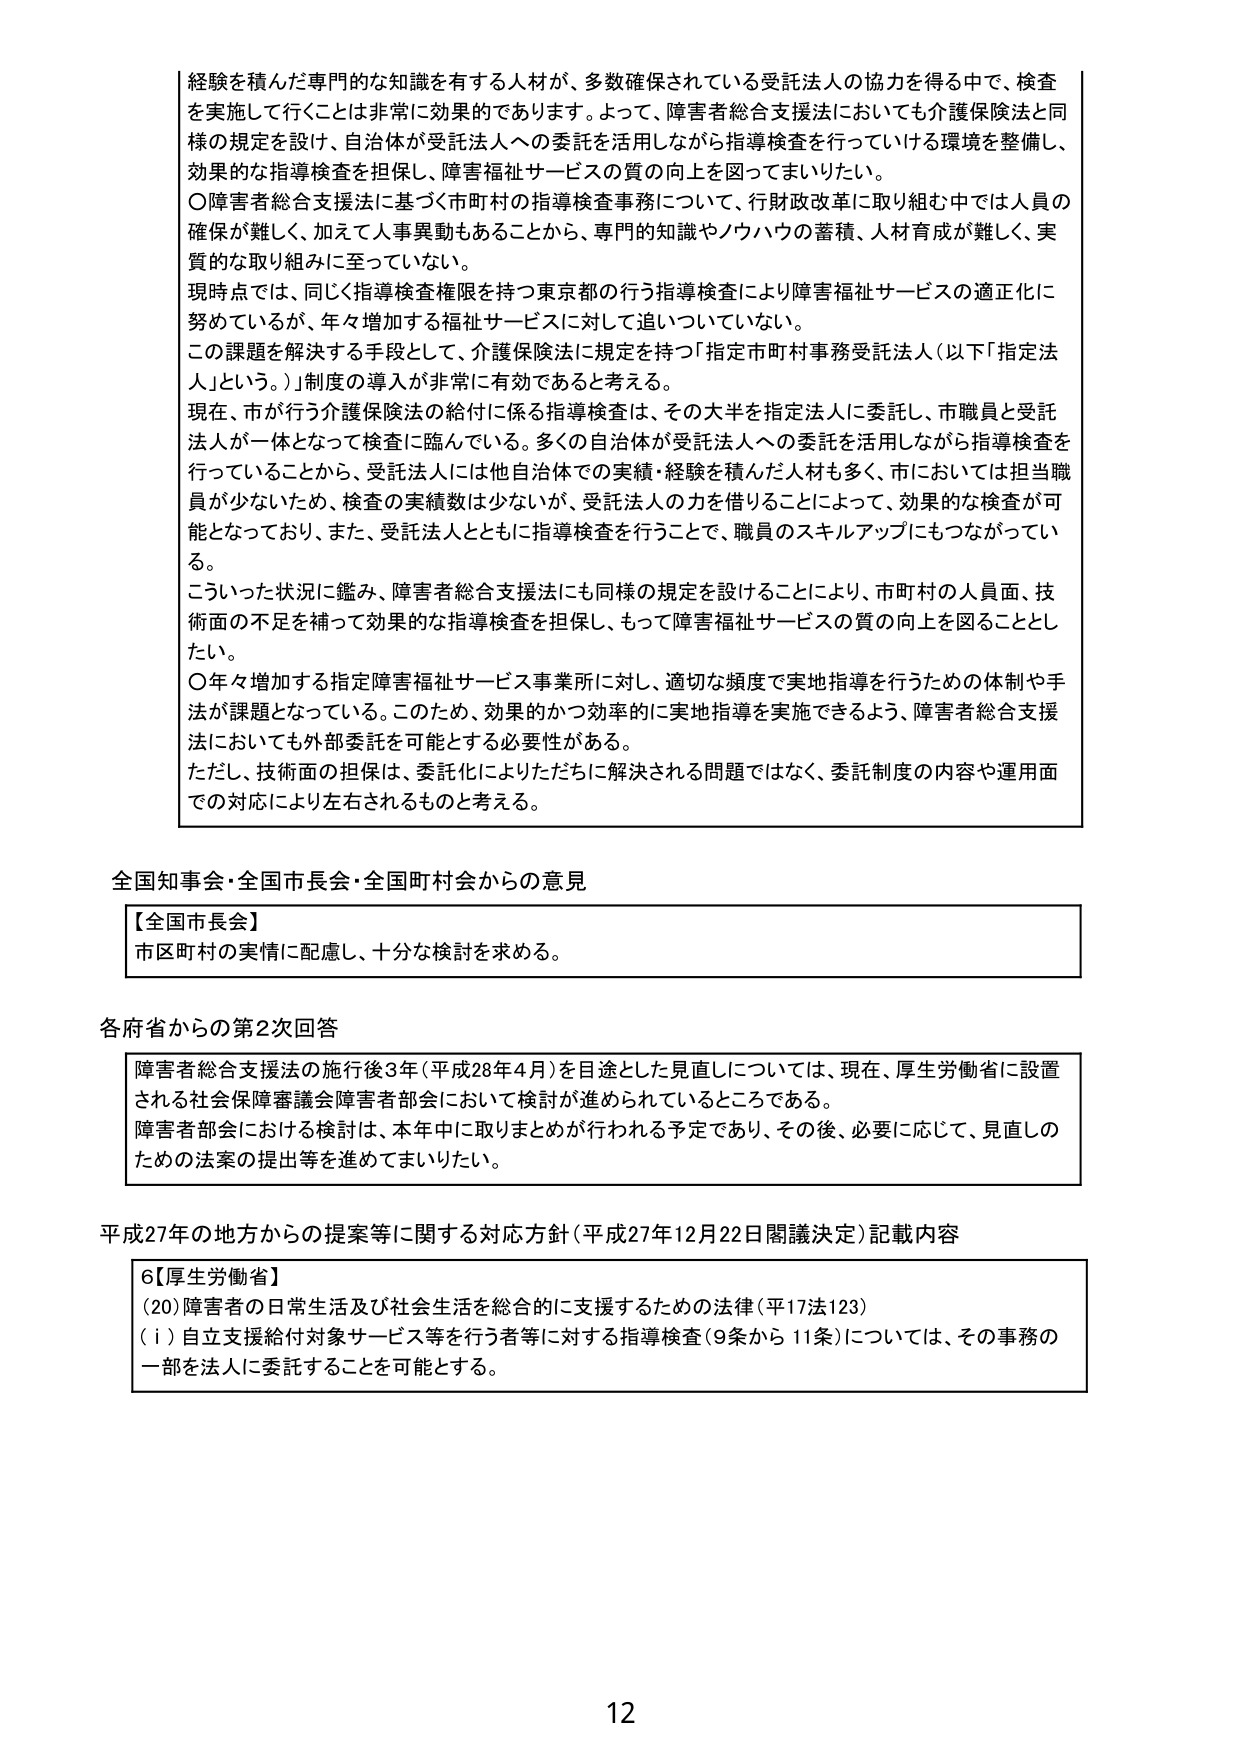
経験を積んだ専門的な知識を有する人材が、多数確保されている受託法人の協力を得る中で、検査を実施して行くことは非常に効果的であります。よって、障害者総合支援法においても介護保険法と同様の規定を設け、自治体が受託法人への委託を活用しながら指導検査を行っていける環境を整備し、効果的な指導検査を担保し、障害福祉サービスの質の向上を図ってまいりたい。

〇障害者総合支援法に基づく市町村の指導検査事務について、行財政改革に取り組む中では人員の確保が難しく、加えて人事異動もあることから、専門的知識やノウハウの蓄積、人材育成が難しく、実質的な取り組みに至っていない。

現時点では、同じく指導検査権限を持つ東京都の行う指導検査により障害福祉サービスの適正化に努めているが、年々増加する福祉サービスに対して追いついていない。

この課題を解決する手段として、介護保険法に規定を持つ「指定市町村事務受託法人（以下「指定法人」という。）」制度の導入が非常に有効であると考える。

現在、市が行う介護保険法の給付に係る指導検査は、その大半を指定法人に委託し、市職員と受託法人が一体となって検査に臨んでいる。多くの自治体が受託法人への委託を活用しながら指導検査を行っていることから、受託法人には他自治体での実績・経験を積んだ人材も多く、市においては担当職員が少ないため、検査の実績数は少ないが、受託法人の力を借りることによって、効果的な検査が可能となっており、また、受託法人とともに指導検査を行うことで、職員のスキルアップにもつながっている。

こういった状況に鑑み、障害者総合支援法にも同様の規定を設けることにより、市町村の人員面、技術面の不足を補って効果的な指導検査を担保し、もって障害福祉サービスの質の向上を図ることとしたい。

〇年々増加する指定障害福祉サービス事業所に対し、適切な頻度で実地指導を行うための体制や手法が課題となっている。このため、効果的かつ効率的に実地指導を実施できるよう、障害者総合支援法においても外部委託を可能とする必要性がある。

ただし、技術面の担保は、委託化によりただちに解決される問題ではなく、委託制度の内容や運用面での対応により左右されるものと考える。

全国知事会・全国市長会・全国町村会からの意見

【全国市長会】
市区町村の実情に配慮し、十分な検討を求める。

各府省からの第2次回答

障害者総合支援法の施行後3年（平成28年4月）を目途とした見直しについては、現在、厚生労働省に設置される社会保障審議会障害者部会において検討が進められているところである。
障害者部会における検討は、本年中に取りまとめが行われる予定であり、その後、必要に応じて、見直しのための法案の提出等を進めてまいりたい。

平成27年の地方からの提案等に関する対応方針（平成27年12月22日閣議決定）記載内容

6【厚生労働省】
（20）障害者の日常生活及び社会生活を総合的に支援するための法律（平17法123）
（ⅰ）自立支援給付対象サービス等を行う者等に対する指導検査（9条から11条）については、その事務の一部を法人に委託することを可能とする。

12